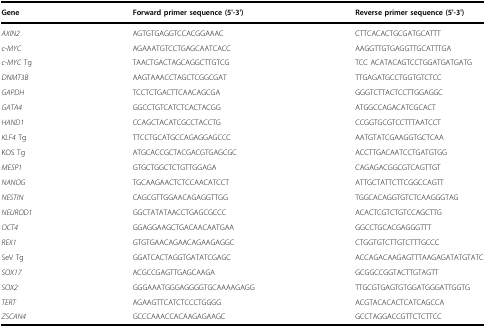
| Gene | Forward primer sequence (5'-3') | Reverse primer sequence (5'-3') |
 | --- | --- | --- |
 | AXIN2 | AGTGTGAGGTCCACGGAAAC | CTTCACACTGCGATGCATTT |
 | c-MYC | AGAAATGTCCTGAGCAATCACC | AAGGTTGTGAGGTTGCATTTGA |
 | c-MYC Tg | TAACTGACTAGCAGGCTTGTCG | TCC ACATACAGTCCTGGATGATGATG |
 | DNMT3B | AAGTAAACCTAGCTCGGCGAT | TTGAGATGCCTGGTGTCTCC |
 | GAPDH | TCCTCTGACTTCAACAGCGA | GGGTCTTACTCCTTGGAGGC |
 | GATA4 | GGCCTGTCATCTCACTACGG | ATGGCCAGACATCGCACT |
 | HAND1 | CCAGCTACATCGCCTACCTG | CCGGTGCGTCCTTTAATCCT |
 | KLF4 Tg | TTCCTGCATGCCAGAGGAGCCC | AATGTATCGAAGGTGCTCAA |
 | KOS Tg | ATGCACCGCTACGACGTGAGCGC | ACCTTGACAATCCTGATGTGG |
 | MESP1 | GTGCTGGCTCTGTTGGAGA | CAGAGACGGCGTCAGTTGT |
 | NANOG | TGCAAGAACTCTCCAACATCCT | ATTGCTATTCTTCGGCCAGTT |
 | NESTIN | CAGCGTTGGAACAGAGGTTGG | TGGCACAGGTGTCTCAAGGGTAG |
 | NEUROD1 | GGCTATATAACCTGAGCGCCC | ACACTCGTCTGTCCAGCTTG |
 | OCT4 | GGAGGAAGCTGACAACAATGAA | GGCCTGCACGAGGGTTT |
 | REX1 | GTGTGAACAGAACAGAAGAGGC | CTGGTGTCTTGTCTTTGCCC |
 | SeV Tg | GGATCACTAGGTGATATCGAGC | ACCAGACAAGAGTTTAAGAGATATGTATC |
 | SOX17 | ACGCCGAGTTGAGCAAGA | GCGGCCGGTACTTGTAGTT |
 | SOX2 | GGGAAATGGGAGGGGTGCAAAAGAGG | TTGCGTGAGTGTGGATGGGATTGGTG |
 | TERT | AGAAGTTCATCTCCCTGGGG | ACGTACACACTCATCAGCCA |
 | ZSCAN4 | GCCCAAACCACAAGAGAAGC | GCCTAGGACCGTTCTCTTCC |